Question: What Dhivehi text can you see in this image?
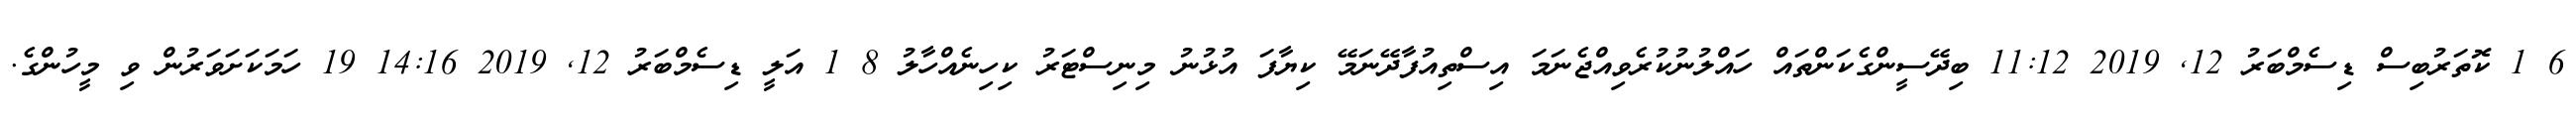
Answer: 6 1 ކޮތަރުބިސް ޑިސެމްބަރު 12, 2019 11:12 ބިދޭސީންގެކަންތައް ހައްލުނުކުރެވިއްޖެނަމަ އިސްތިއުފާދޭނަމޭ ކިޔާފަ އުޅުނު މިނިސްޓަރު ކިހިނެއްހާލު 8 1 އަލީ ޑިސެމްބަރު 12, 2019 14:16 19 ހަމަކަށަވަރުން ވި މީހުންގެ.